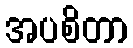
အပစိတာ